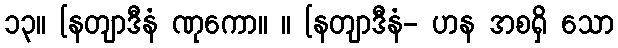
၁၃။ [နတျာဒီနံ ဏုကော။ ။ [နတျာဒီနံ- ဟန အစရှိ သော